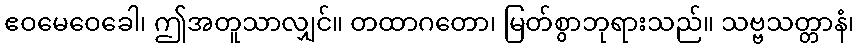
ဧဝမေဝေခေါ၊ ဤအတူသာလျှင်။ တထာဂတော၊ မြတ်စွာဘုရားသည်။ သဗ္ဗသတ္တာနံ၊